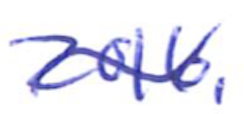
Text: 2016.
Cross-out: mix
Writing tool: ballpoint